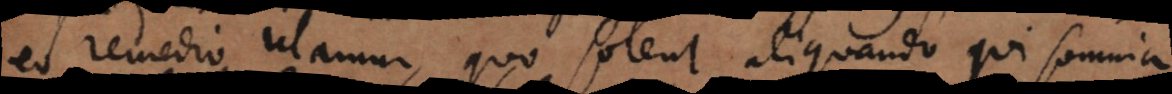
eo remedio utamur, quo solent aliquando qui somnia